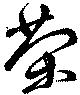
栄